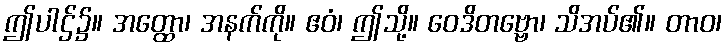
ဤပါဌ်၌။ အတ္ထော၊ အနက်ကို။ ဧဝံ၊ ဤသို့။ ဝေဒိတဗ္ဗော၊ သိအပ်၏။ တာဝ၊